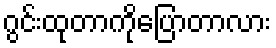
ဂွင်းထုတာကိုပြောတာလား